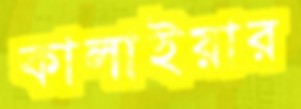
কালাইয়ার